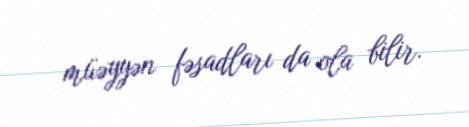
müəyyən fəsadları da ola bilir.